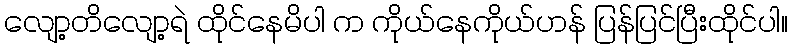
လျော့တိလျော့ရဲ ထိုင်နေမိပါ က ကိုယ်နေကိုယ်ဟန် ပြန်ပြင်ပြီးထိုင်ပါ။